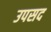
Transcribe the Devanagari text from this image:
उपसद